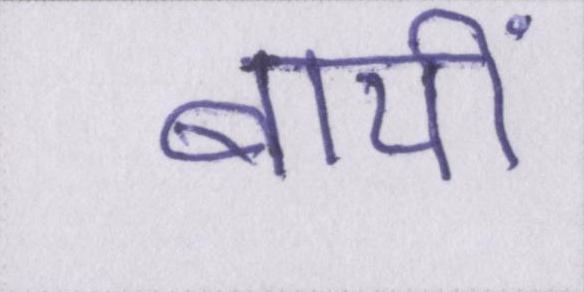
बायीं